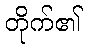
တိုက်၏